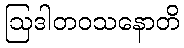
ဩဒါတဝသနောတိ